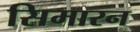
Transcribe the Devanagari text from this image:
सिमारन